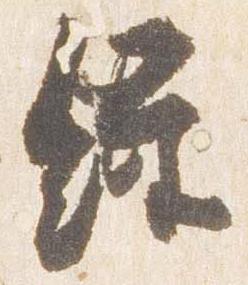
経